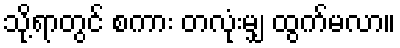
သို့ရာတွင် စကား တလုံးမျှ ထွက်မလာ။